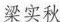
梁实秋